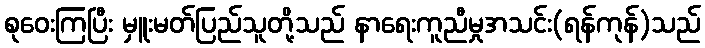
စုဝေးကြပြီး မှူးမတ်ပြည်သူတို့သည် နာရေးကူညီမှုအသင်း(ရန်ကုန်)သည်